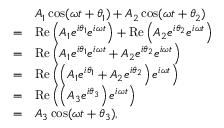
{ \begin{array} { r l } & { A _ { 1 } \cos ( \omega t + \theta _ { 1 } ) + A _ { 2 } \cos ( \omega t + \theta _ { 2 } ) } \\ { = } & { \operatorname { R e } \left( A _ { 1 } e ^ { i \theta _ { 1 } } e ^ { i \omega t } \right) + \operatorname { R e } \left( A _ { 2 } e ^ { i \theta _ { 2 } } e ^ { i \omega t } \right) } \\ { = } & { \operatorname { R e } \left( A _ { 1 } e ^ { i \theta _ { 1 } } e ^ { i \omega t } + A _ { 2 } e ^ { i \theta _ { 2 } } e ^ { i \omega t } \right) } \\ { = } & { \operatorname { R e } \left( \left( A _ { 1 } e ^ { i \theta _ { 1 } } + A _ { 2 } e ^ { i \theta _ { 2 } } \right) e ^ { i \omega t } \right) } \\ { = } & { \operatorname { R e } \left( \left( A _ { 3 } e ^ { i \theta _ { 3 } } \right) e ^ { i \omega t } \right) } \\ { = } & { A _ { 3 } \cos ( \omega t + \theta _ { 3 } ) , } \end{array} }